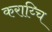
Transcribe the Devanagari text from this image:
कराय्चि